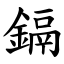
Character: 鎘